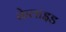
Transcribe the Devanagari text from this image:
केलाइड